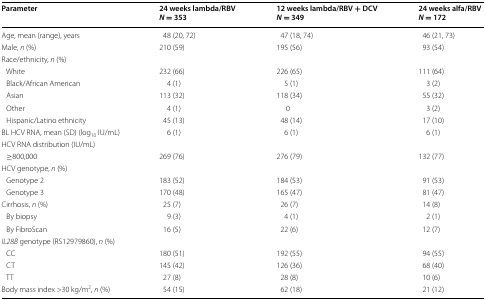
| Parameter | 24 weeks lambda/RBVN = 353 | 12 weeks lambda/RBV + DCVN = 349 | 24 weeks alfa/RBVN = 172 |
 | --- | --- | --- | --- |
 | Age, mean (range), years | 48 (20, 72) | 47 (18, 74) | 46 (21, 73) |
 | Male, n (%) | 210 (59) | 195 (56) | 93 (54) |
 | <COLSPAN=4> Race/ethnicity, n (%) |
 | White | 232 (66) | 226 (65) | 111 (64) |
 | Black/African American | 4 (1) | 5 (1) | 3 (2) |
 | Asian | 113 (32) | 118 (34) | 55 (32) |
 | Other | 4 (1) | 0 | 3 (2) |
 | Hispanic/Latino ethnicity | 45 (13) | 48 (14) | 17 (10) |
 | BL HCV RNA, mean (SD) (log10 IU/mL) | 6 (1) | 6 (1) | 6 (1) |
 | <COLSPAN=4> HCV RNA distribution (IU/mL) |
 | ≥800,000 | 269 (76) | 276 (79) | 132 (77) |
 | <COLSPAN=4> HCV genotype, n (%) |
 | Genotype 2 | 183 (52) | 184 (53) | 91 (53) |
 | Genotype 3 | 170 (48) | 165 (47) | 81 (47) |
 | Cirrhosis, n (%) | 25 (7) | 26 (7) | 14 (8) |
 | By biopsy | 9 (3) | 4 (1) | 2 (1) |
 | By FibroScan | 16 (5) | 22 (6) | 12 (7) |
 | <COLSPAN=4> IL28B genotype (RS12979860), n (%) |
 | CC | 180 (51) | 192 (55) | 94 (55) |
 | CT | 145 (42) | 126 (36) | 68 (40) |
 | TT | 27 (8) | 28 (8) | 10 (6) |
 | Body mass index >30 kg/m2, n (%) | 54 (15) | 62 (18) | 21 (12) |